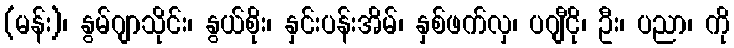
(မန်း)၊ နွမ်ဂျာသိုင်း၊ နွယ်စိုး၊ နှင်းပန်းအိမ်၊ နှစ်ဖက်လှ၊ ပဂျီငို၊ ဦး၊ ပညာ၊ ကို